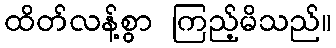
ထိတ်လန့်စွာ ကြည့်မိသည်။